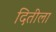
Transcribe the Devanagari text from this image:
दितीला